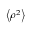
\scriptstyle \left\langle \rho ^ { 2 } \right\rangle